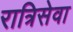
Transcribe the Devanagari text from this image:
रात्रिसेवा